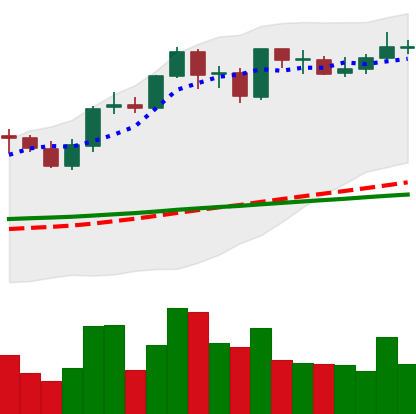
Ticker: ADA-USD
Chart end date: 2021-09-03
Forward return: -16.618%
Label: down_7plus